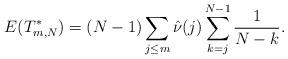
LaTeX: \begin{align*}E(T^*_{m,N})=(N-1)\sum_{j\leq m} \hat{\nu}(j) \sum_{k=j}^{N-1}{1\over N-k}.\end{align*}